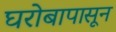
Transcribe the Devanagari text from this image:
घरोबापासून